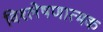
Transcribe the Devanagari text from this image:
विश्‍लेषणात्मक